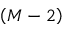
\left( M - 2 \right)